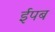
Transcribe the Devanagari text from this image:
ईपब